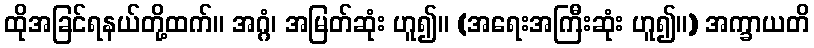
ထိုအခြင်ရနယ်တို့ထက်။ အဂ္ဂံ၊ အမြတ်ဆုံး ဟူ၍။ (အရေးအကြီးဆုံး ဟူ၍။) အက္ခာယတိ